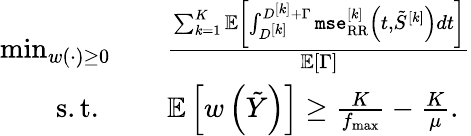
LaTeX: \begin{array}{rl}{\operatorname*{min}_{w(\cdot)\geq 0}}&{\quad\frac{\sum_{k=1}^{K}{\mathbb{E}}\left[\int_{D^{[k]}}^{D^{[k]}+\Gamma}\texttt{mse}_{\mathrm{RR}}^{[k]}\left(t,\tilde{S}^{[k]}\right)dt\right]}{\mathbb{E}\left[\Gamma\right]}}\\ {\mathrm{s.t.~}}&{\quad{\mathbb{E}}\left[w\left(\tilde{Y}\right)\right]\geq\frac{K}{f_{\operatorname*{max}}}-\frac{K}{\mu}.}\end{array}